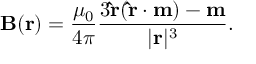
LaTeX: \mathbf { B } ( \mathbf { r } ) = { \frac { \mu _ { 0 } } { 4 \pi } } { \frac { 3 \mathbf { \hat { r } } ( \mathbf { \hat { r } } \cdot \mathbf { m } ) - \mathbf { m } } { | \mathbf { r } | ^ { 3 } } } .